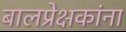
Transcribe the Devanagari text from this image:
बालप्रेक्षकांना